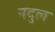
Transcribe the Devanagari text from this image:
नदुल